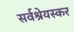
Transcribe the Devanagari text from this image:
सर्वश्रेयस्कर